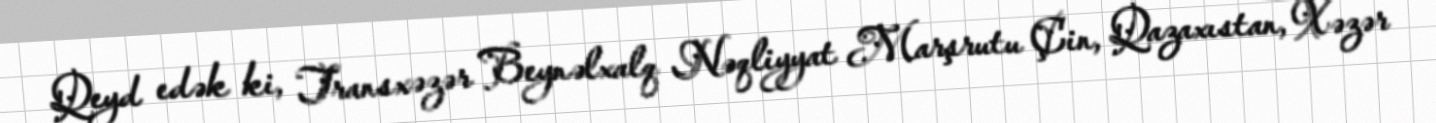
Qeyd edək ki, Transxəzər Beynəlxalq Nəqliyyat Marşrutu Çin, Qazaxıstan, Xəzər